Civil Veterinary Dept. Bombay admin report 1923-31 - 1923-1931
Year: 1923
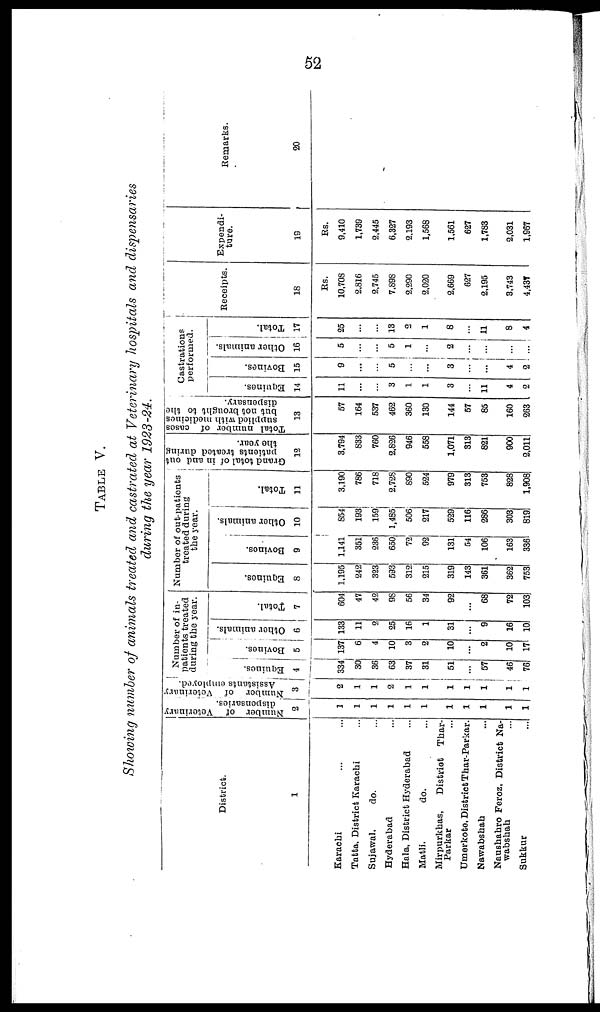
52
TABLE V.
Showing number of animals treated and castrated at Veterinary hospitals and dispensaries
during the year 1923-24.
District.
1
Karachi ... ...
Tatta. District Karachi ...
Sujawal.
do. ...
Hyderabad ...
Hala. District Hyderabad ...
Matli.
do. ...
Mirpurkhas,
District
Thar-
Parkar ...
Umerkote. District Thar-Parkar.
Nawabshah ...
Nanshahro Feroz, District Na-
wabshah ...
Sukkur ...
Number of Vetorinary
dispensaries.
2
1
1
1
1
1
1
1
1
1
1
1
Number of Veterinary
Assistants employed.
3
2
1
1
2
1
1
1
1
1
1
1
Number of in-
patients treated
during the year.
Equines.
834
30
88
63
37
81
51
...
57
46
76
Bovines.
5
137
6
4
10
8
2
10
...
2
10
17
Other animals.
6
133
11
2
25
16
1
31
...
9
16
10
Total.
7
604
47
42
98
66
84
92
...
68
72
103
Number of out-patients
treated during
the year.
Equines.
8
1,195
242
823
593
312
215
819
143
961
362
763
Bovines.
9
1.141
351
236
650
72
92
131
54
106
163
336
Other animals.
10
864
193
169
1,485
506
217
529
116
286
308
819
Total.
11
3,190
786
718
2.728
890
624
979
813
768
828
1,906
Grand total of in and out
patients treated during
the year.
12
3,794
833
760
2,826
946
668
1.071
313
821
900
2,011
Total number of cases
supplied with medicines
but not brought to the
dispensary.
13
67
164
637
462
360
180
144
67
85
160
263
Castrations
performed.
Bquines.
14
11
...
...
3
1
1
3
...
11
4
2
Bovines.
15
9
...
...
6
...
...
3
...
...
4
2
Other animals.
16
5
...
...
5
1
...
2
...
...
...
...
Total.
17
26
...
...
18
3
1
8
...
11
8
4
Receipts.
18
Rs.
10,708
2,816
2,745
7.898
2.290
2,020
2,669
627
2,196
8,743
4,437
Expendi-
ture.
19
Rs.
9,410
1,739
2.445
6,327
2,193
1.668
1,661
627
1,788
2,031
1,967
Remarks.
20